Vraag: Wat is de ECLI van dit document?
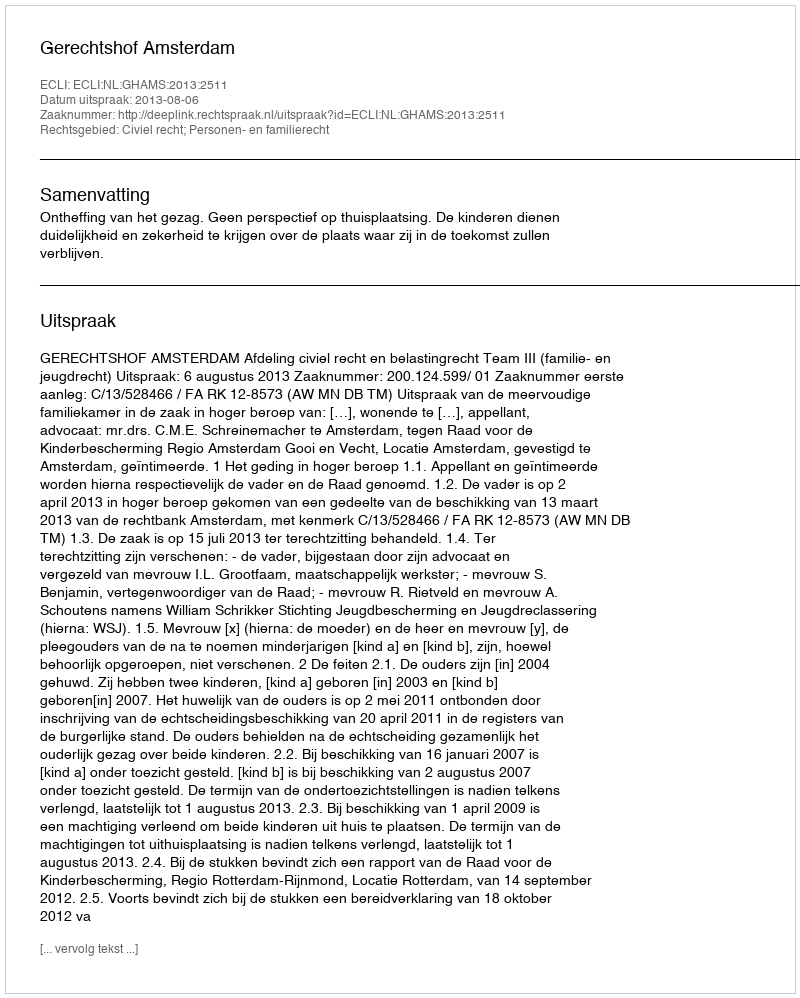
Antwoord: ECLI:NL:GHAMS:2013:2511